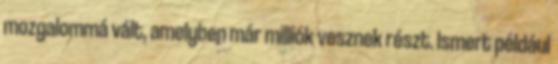
mozgalommá vált, amelyben már milliók vesznek részt. Ismert például